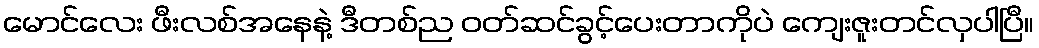
မောင်လေး ဖီးလစ်အနေနဲ့ ဒီတစ်ည ဝတ်ဆင်ခွင့်ပေးတာကိုပဲ ကျေးဇူးတင်လှပါပြီ။